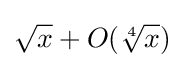
{\sqrt {x}}+O({\sqrt[{4}]{x}})